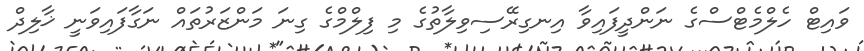
ވައިޓް ހެލްމެޓްސްގެ ނަންދީފައިވާ އިނގިރޭސިވިލާތުގެ މި ފިލްމްގެ ގިނަ މަންޒަރުތައް ނަގާފައިވަނީ ޚާލިދް